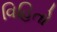
વિહિતો